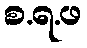
စ.ရ.ဖ